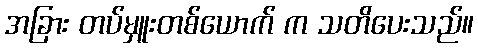
အခြား တပ်မှူးတစ်ယောက် က သတိပေးသည်။